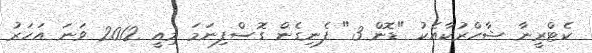
ކެޓްރީނާ ޝާހްރުކާއެކު "ޑޮން 3" ފެނިގެން ގޮސްފިނަމަ މިއީ 2012 ވަނަ އަހަރު